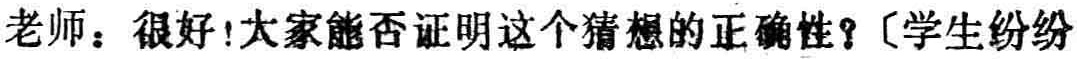
老师：很好!大家能否证明这个猜想的正确性？〔学生纷纷